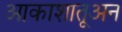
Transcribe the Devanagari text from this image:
आकाशातूअन